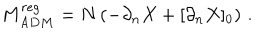
M _ { A D M } ^ { r e g } = N \left( - \partial _ { n } X + [ \partial _ { n } X ] _ { 0 } \right) \, .